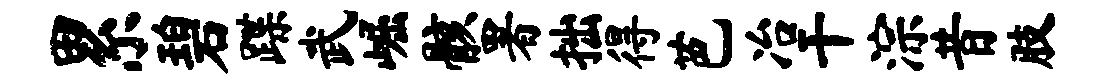
累碧蹀武崛骸署拙得芭冶干淙昔肢